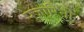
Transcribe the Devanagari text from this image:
पुजारिनो